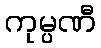
ကုမ္ပဏီ